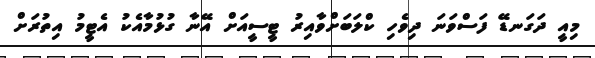
މިއީ ދަގަނޑޭ ފަސްވަނަ ދިވެހި ކްލަބަށްވާއިރު ޓީސީއަށް އޭނާ ގުޅުމާއެކު އެޓީމު އިތުރަށް